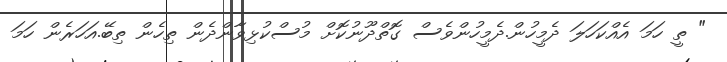
" ތީ ހަމަ އެއްކަހަލަ ދެމީހުން.ދެމީހުންވެސް ގޮތްދޫނުކޮށް މުސްކުޅިވާންދެން ތިހެން ތިބޭ.އަހަރެން ހަމަ